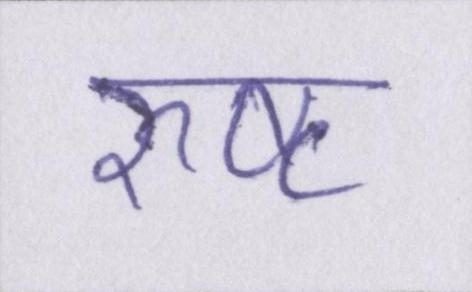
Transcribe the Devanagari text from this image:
रुष्ट